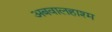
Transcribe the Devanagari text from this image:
अबवालहाश्म